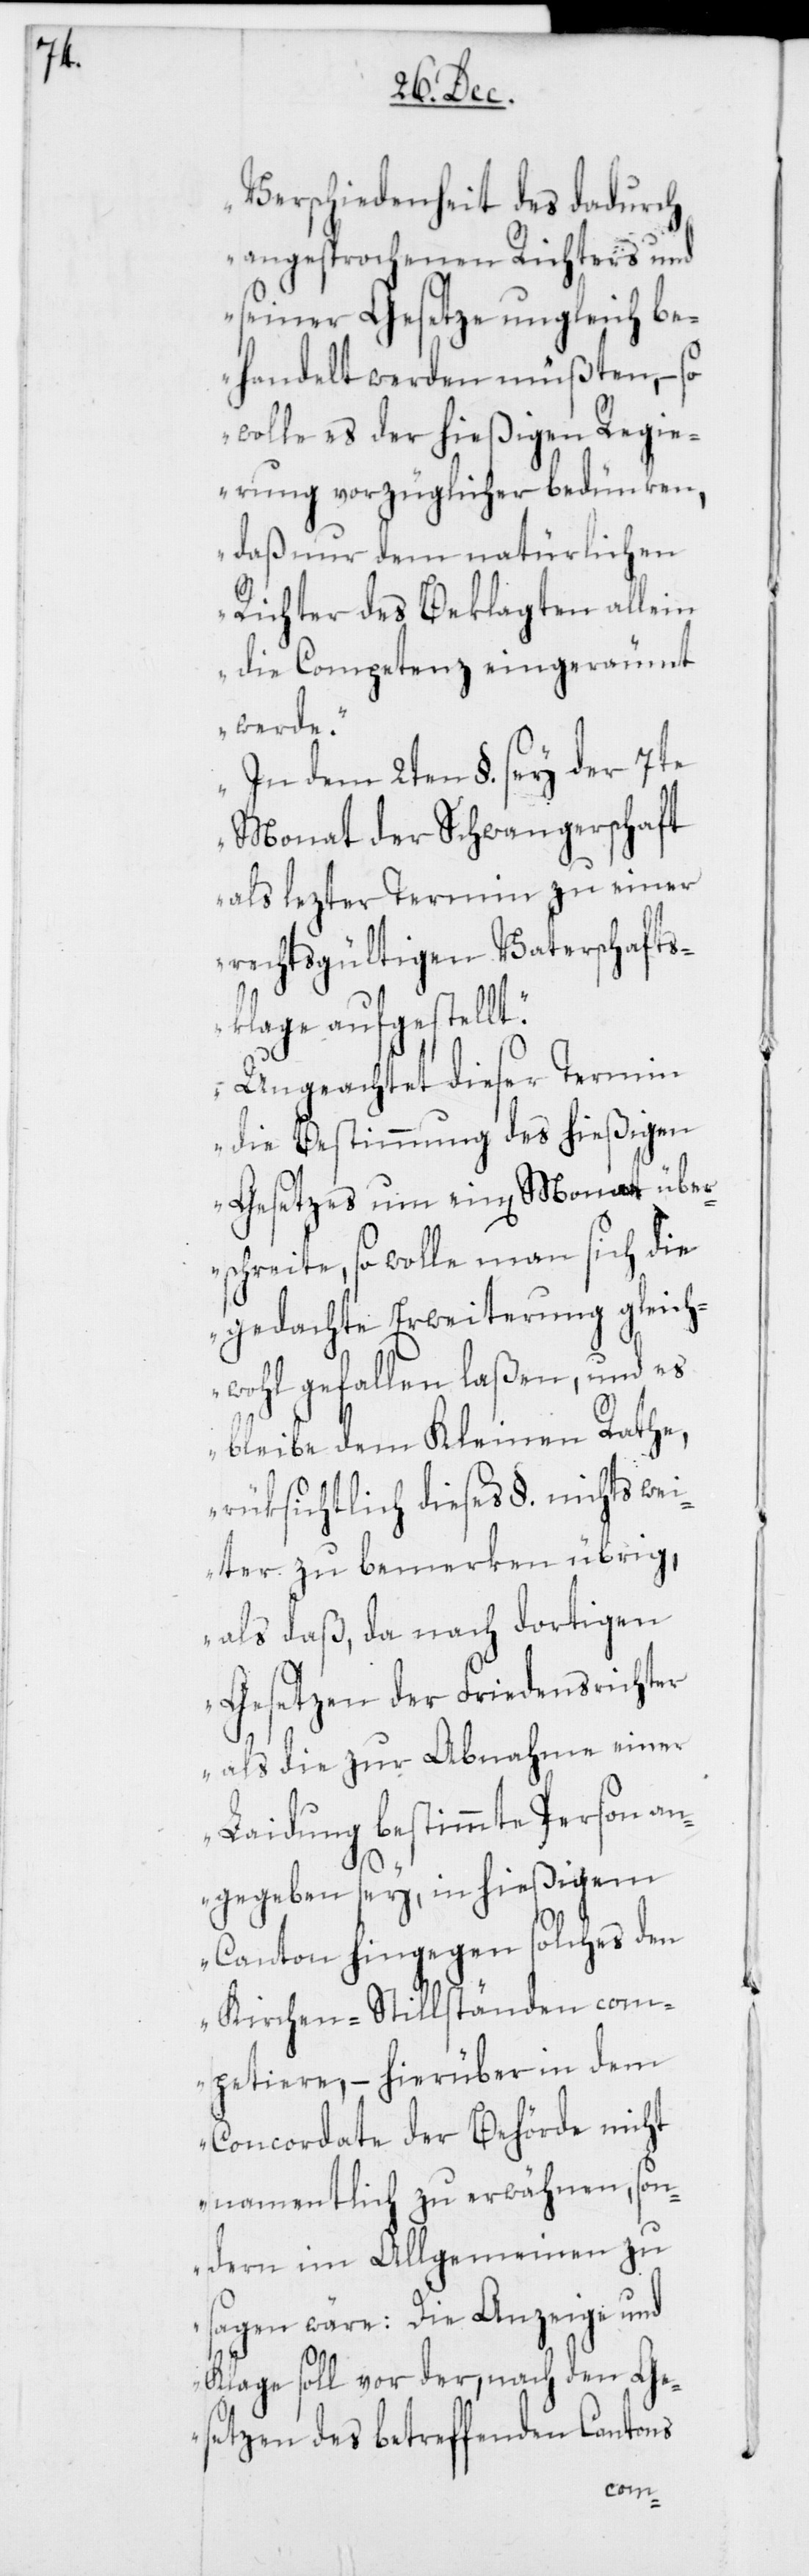
Verschiedenheit des dadurch
angesprochenen Richters und
seiner Gesetze ungleich be¬
handelt werden müßten, – so
wolle es der hießigen Regie¬
rung vorzüglicher bedünken,
daß nur dem natürlichen
Richter des Beklagten allein
die Competenz eingeräumt
werde.
In dem 2ten §. sey der 7te
Monat der Schwangerschaft
als lezter Termin zu einer
rechtsgültigen Vaterschafts¬
klage aufgestellt.
Ungeachtet dieser Termin
die Bestimmung des hießigen
Gesetzes um ein[en] Monat über¬
schreite, so wolle man sich die
gedachte Erweiterung gleich¬
wohl gefallen laßen, und es
bleibe dem Kleinen Rathe,
rüksichtlich dieses §. nichts wei¬
ter zu bemerken übrig,
als daß, da nach dortigen
Gesetzen der Friedensrichter
als die zur Abnahme einer
Laidung bestimmte Person an¬
gegeben sey, in hießigem
Canton hingegen solches den
Kirchen-Stillständen com¬
petiere, – hierüber in dem
Concordate der Behörde nicht
namentlich zu erwähnen, son¬
dern im Allgemeinen zu
sagen wäre: Die Anzeige und
Klage soll vor der, nach den Ge¬
setzen des betreffenden Cantons